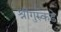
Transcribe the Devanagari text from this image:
श्रीगुरुंकडे